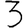
Digit: 3